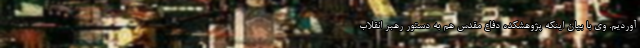
آوردیم. وی با بیان اینکه پژوهشکده دفاع مقدس هم به دستور رهبر انقلاب